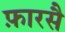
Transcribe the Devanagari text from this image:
फ़ारसै